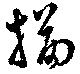
描